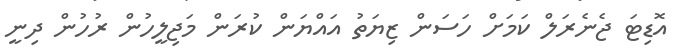
އޮޑިޓަ ޖެނެރަލް ކަމަށް ހަސަން ޒިޔަތު އައްޔަން ކުރަން މަޖިލީހުން ރުހުން ދިނީ